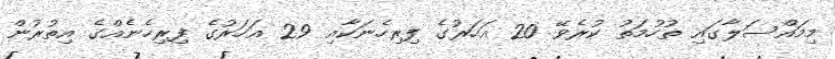
މިމައްސަލާގައި ތުހުމަތު ކުރެވޭ 20 އަހަރުގެ ފިރިހެނަކާއި 29 އަހަރުގެ ފިރިހެނެއްގެ އިތުރުން